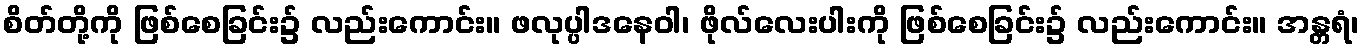
စိတ်တို့ကို ဖြစ်စေခြင်း၌ လည်းကောင်း။ ဖလုပ္ပါဒနေဝါ၊ ဖိုလ်လေးပါးကို ဖြစ်စေခြင်း၌ လည်းကောင်း။ အန္တရံ၊